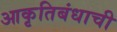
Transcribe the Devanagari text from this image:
आकृतिबंधाची